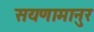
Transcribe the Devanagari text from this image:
सयणामानुर